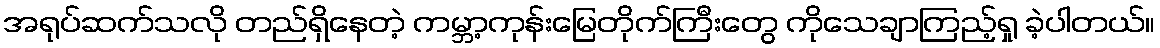
အရုပ်ဆက်သလို တည်ရှိနေတဲ့ ကမ္ဘာ့ကုန်းမြေတိုက်ကြီးတွေ ကိုသေချာကြည့်ရှု ခဲ့ပါတယ်။